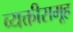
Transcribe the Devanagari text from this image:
व्यक्तीसमूह